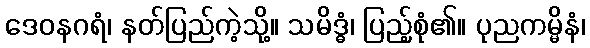
ဒေဝနဂရံ၊ နတ်ပြည်ကဲ့သို့။ သမိဒ္ဓံ၊ ပြည့်စုံ၏။ ပုညကမ္မိနံ၊